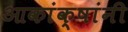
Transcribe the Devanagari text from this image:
आकांक्षांनी